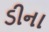
ડીના